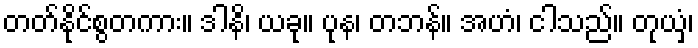
တတ်နိုင်စွတကား။ ဒါနိ၊ ယခု။ ပုန၊ တဘန်။ အဟံ၊ ငါသည်။ တုယှံ၊